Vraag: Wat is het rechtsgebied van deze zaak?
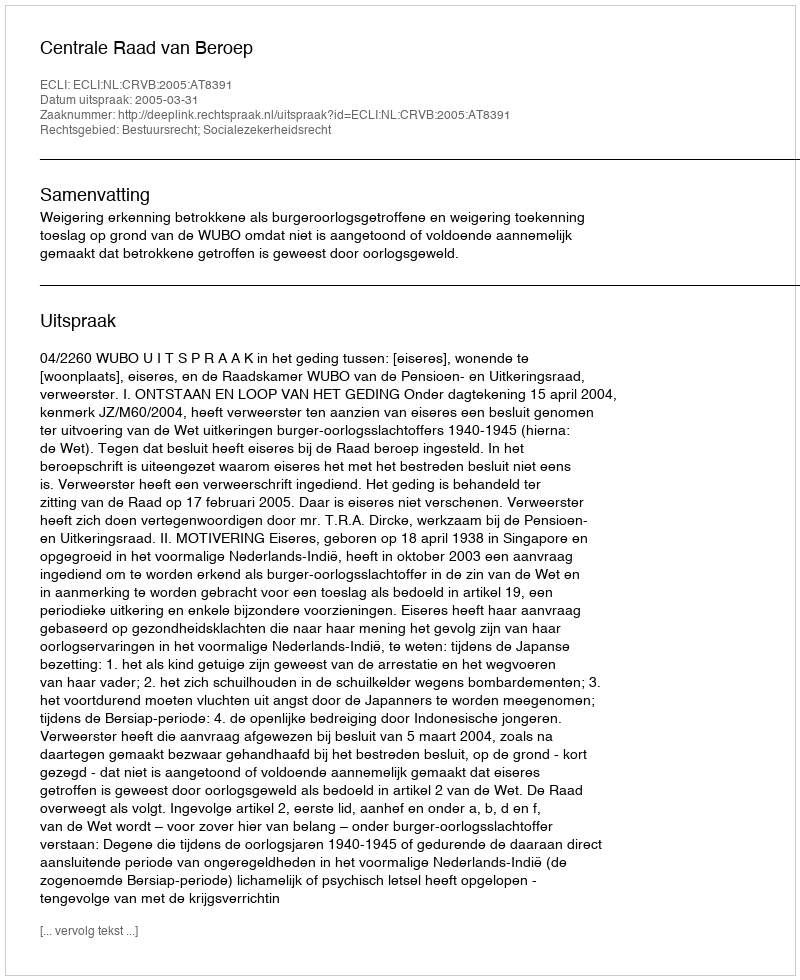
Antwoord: Bestuursrecht; Socialezekerheidsrecht